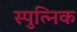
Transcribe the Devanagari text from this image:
स्पुत्निक